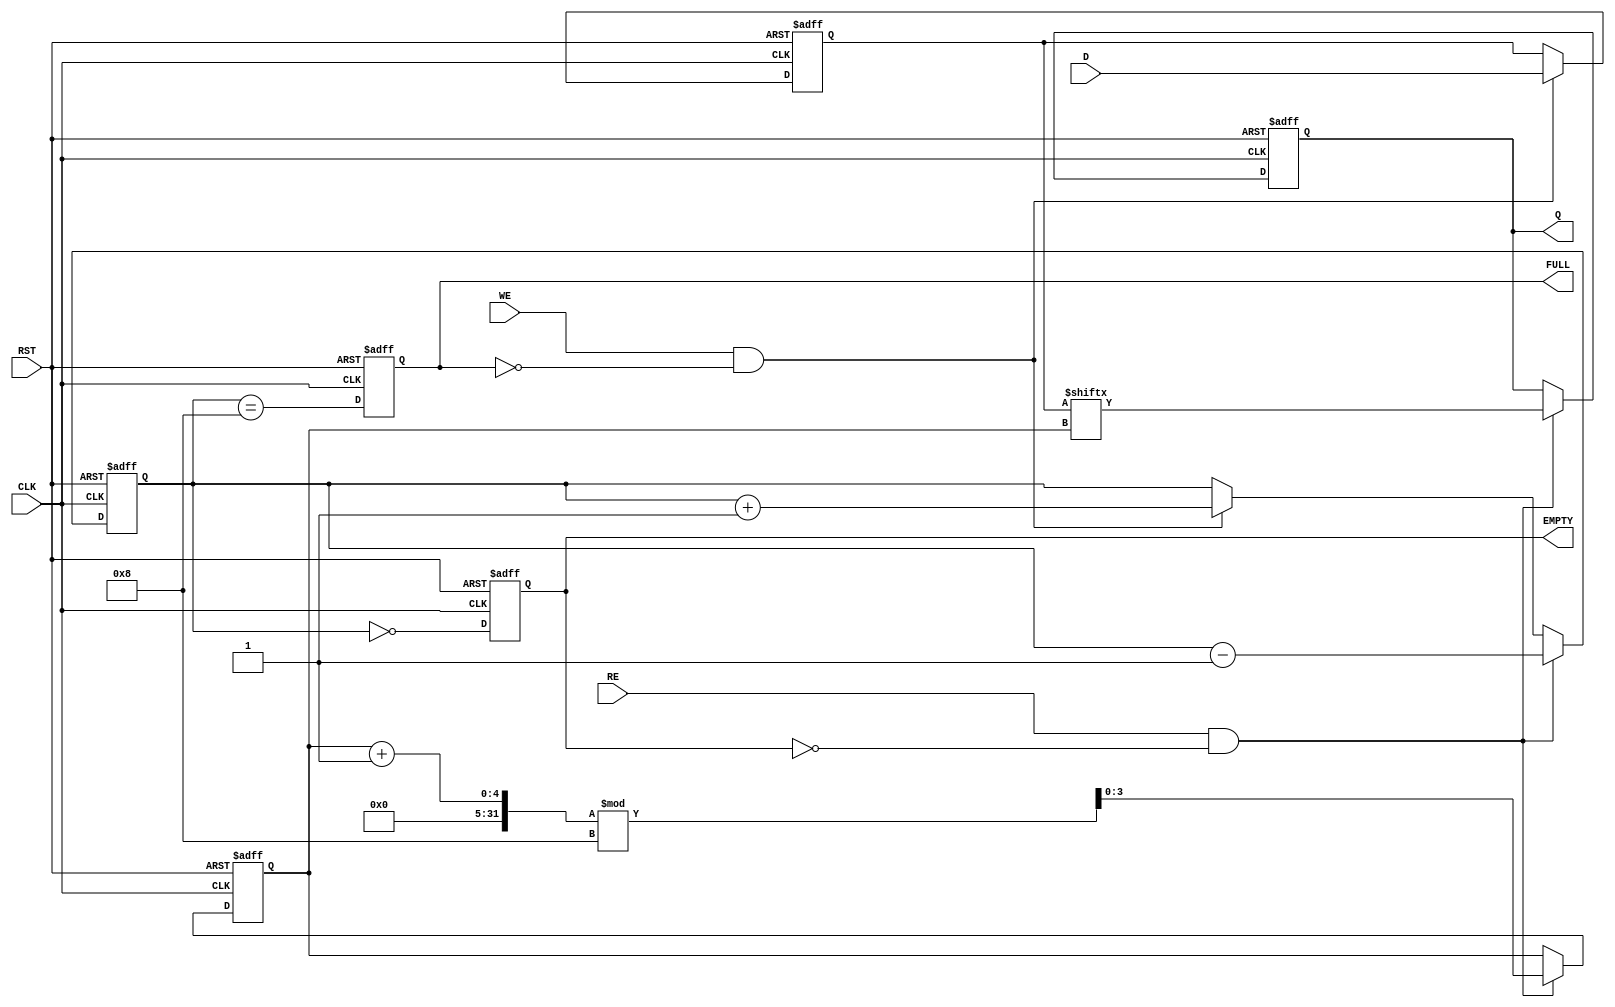
module fifo_piso #(
    parameter N = 8  // Number of bits in the FIFO
)(
    input  wire [N-1:0] D,     // Parallel Data Input
    input  wire WE,             // Write Enable
    input  wire RE,             // Read Enable
    input  wire CLK,            // Clock
    input  wire RST,            // Reset
    output reg  Q,              // Serial Data Output
    output reg  EMPTY,          // Empty Flag
    output reg  FULL            // Full Flag
);

    reg [N-1:0] fifo_storage;    // Storage array for FIFO
    reg [3:0] write_pointer;      // Write pointer
    reg [3:0] read_pointer;       // Read pointer
    reg [3:0] count;              // Count of stored bits

    // Asynchronous reset
    always @(posedge CLK or posedge RST) begin
        if (RST) begin
            fifo_storage <= 0;
            write_pointer <= 0;
            read_pointer <= 0;
            count <= 0;
            Q <= 0;
            EMPTY <= 1;
            FULL <= 0;
        end else begin
            // Write operation
            if (WE && !FULL) begin
                fifo_storage <= D; // Store data in FIFO
                write_pointer <= (write_pointer + 1) % N; // Update write pointer
                count <= count + 1; // Increment count
            end
            
            // Read operation
            if (RE && !EMPTY) begin
                Q <= fifo_storage[read_pointer]; // Output the current bit
                read_pointer <= (read_pointer + 1) % N; // Update read pointer
                count <= count - 1; // Decrement count
            end
            
            // Update EMPTY and FULL flags
            EMPTY <= (count == 0);
            FULL <= (count == N);
        end
    end

endmodule